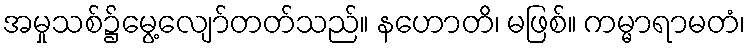
အမှုသစ်၌မွေ့လျော်တတ်သည်။ နဟောတိ၊ မဖြစ်။ ကမ္မာရာမတံ၊